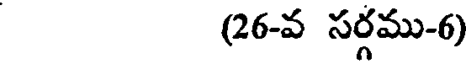
(26-వ సర్గము-6)